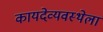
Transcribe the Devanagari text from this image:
कायदेव्यवस्थेला